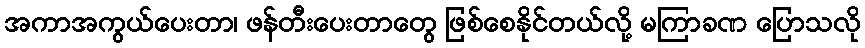
အကာအကွယ်ပေးတာ၊ ဖန်တီးပေးတာတွေ ဖြစ်စေနိုင်တယ်လို့ မကြာခဏ ပြောသလို